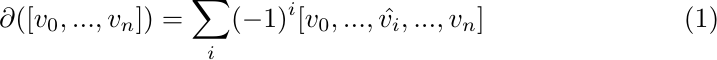
\begin{align}
	\partial ([v_0,...,v_n]) = \sum_i (-1)^i [v_0,...,\hat{v_i},...,v_n]
\end{align}